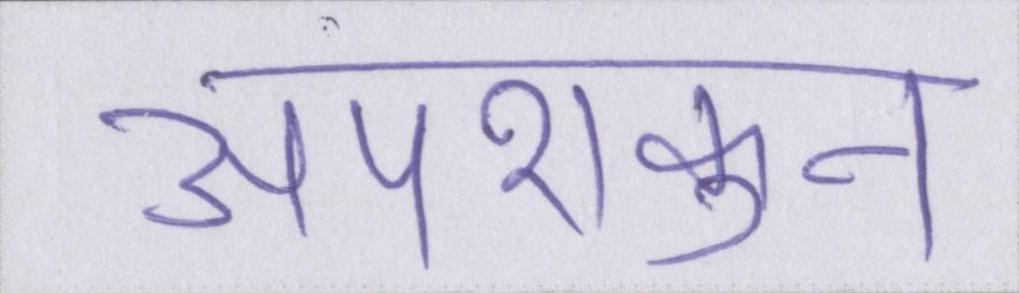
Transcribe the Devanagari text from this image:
अपशकुन